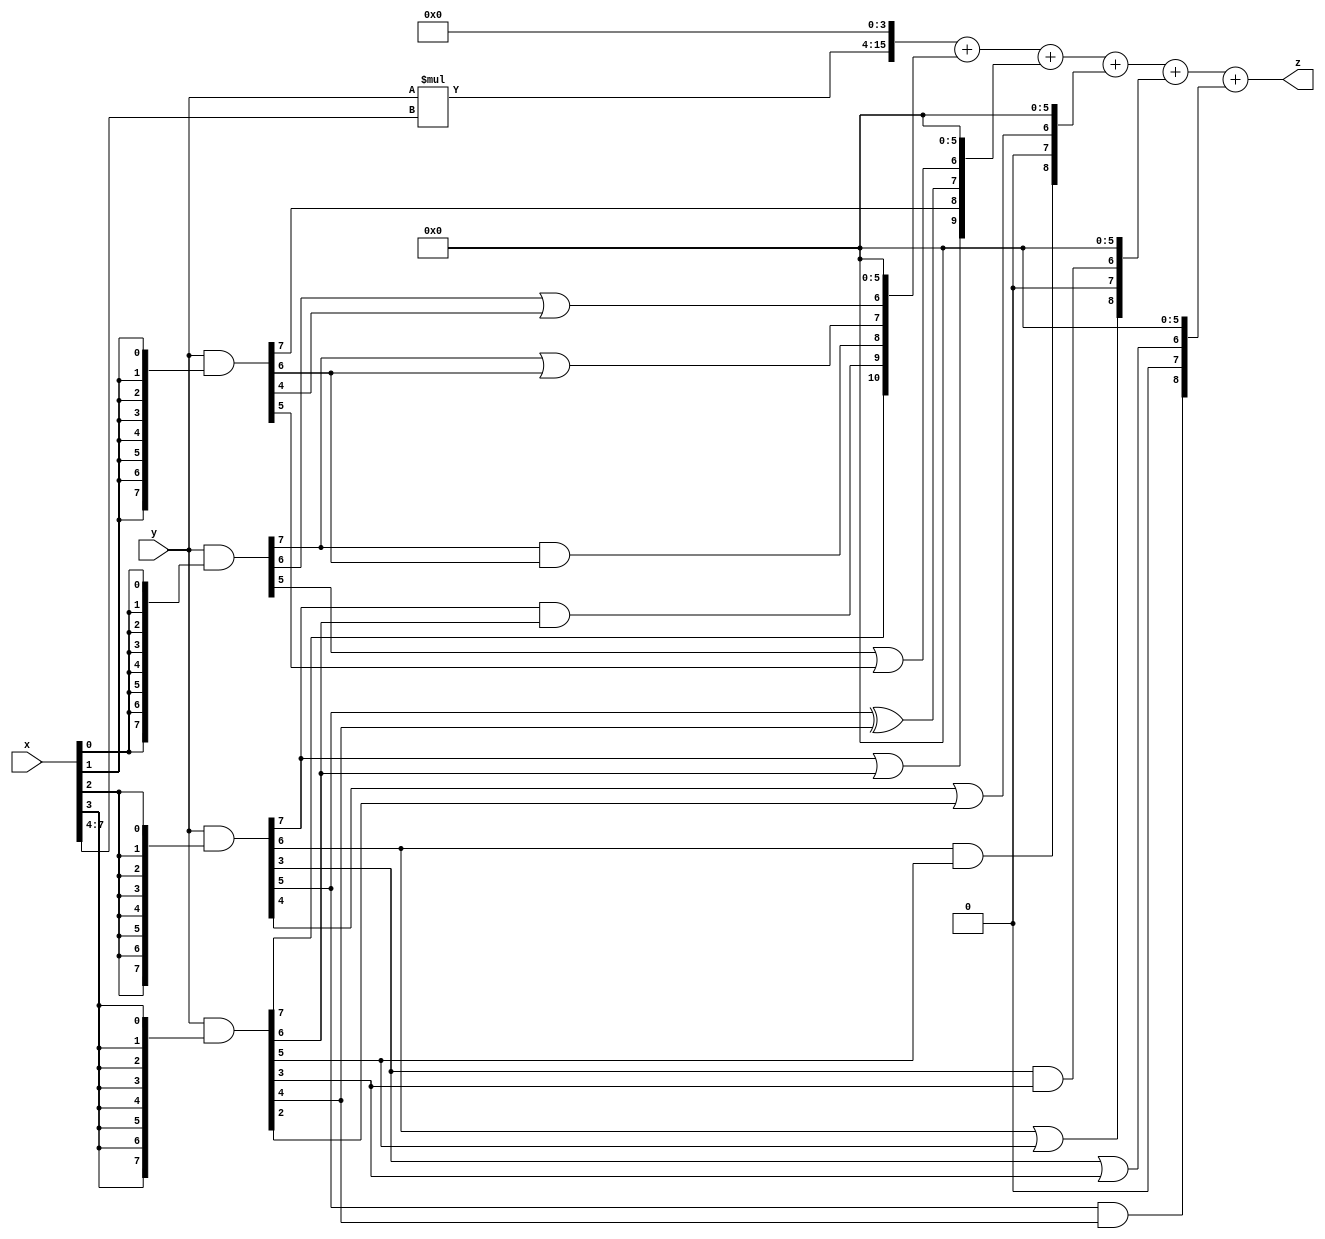
// terms: 15
// fval:  8876.25

module unsigned_exchange_8x8_l4_lamb500_6 (
	input [7:0] x,
	input [7:0] y,
	output [15:0] z
);

wire [7:0] part1 =  y & {8{x[0]}};
wire [7:0] part2 =  y & {8{x[1]}};
wire [7:0] part3 =  y & {8{x[2]}};
wire [7:0] part4 =  y & {8{x[3]}};
wire [7:0] part5 =  y & {8{x[4]}};
wire [7:0] part6 =  y & {8{x[5]}};
wire [7:0] part7 =  y & {8{x[6]}};
wire [7:0] part8 =  y & {8{x[7]}};

wire [10:0] new_part1;
assign new_part1[0] = 0;
assign new_part1[1] = 0;
assign new_part1[2] = 0;
assign new_part1[3] = 0;
assign new_part1[4] = 0;
assign new_part1[5] = 0;
assign new_part1[6] = part1[6] | part2[4];
assign new_part1[7] = part1[7] | part2[6];
assign new_part1[8] = part1[7] & part2[6];
assign new_part1[9] = part3[7] & part4[6];
assign new_part1[10] = part4[7];

wire [9:0] new_part2;
assign new_part2[0] = 0;
assign new_part2[1] = 0;
assign new_part2[2] = 0;
assign new_part2[3] = 0;
assign new_part2[4] = 0;
assign new_part2[5] = 0;
assign new_part2[6] = part1[5] | part2[5];
assign new_part2[7] = part3[5] ^ part4[4];
assign new_part2[8] = part2[7];
assign new_part2[9] = part3[7] | part4[6];

wire [8:0] new_part3;
assign new_part3[0] = 0;
assign new_part3[1] = 0;
assign new_part3[2] = 0;
assign new_part3[3] = 0;
assign new_part3[4] = 0;
assign new_part3[5] = 0;
assign new_part3[6] = part3[4] | part4[2];
assign new_part3[7] = 0;
assign new_part3[8] = part3[6] & part4[5];

wire [8:0] new_part4;
assign new_part4[0] = 0;
assign new_part4[1] = 0;
assign new_part4[2] = 0;
assign new_part4[3] = 0;
assign new_part4[4] = 0;
assign new_part4[5] = 0;
assign new_part4[6] = part3[3] & part4[3];
assign new_part4[7] = 0;
assign new_part4[8] = part3[6] | part4[5];

wire [8:0] new_part5;
assign new_part5[0] = 0;
assign new_part5[1] = 0;
assign new_part5[2] = 0;
assign new_part5[3] = 0;
assign new_part5[4] = 0;
assign new_part5[5] = 0;
assign new_part5[6] = part3[3] | part4[3];
assign new_part5[7] = 0;
assign new_part5[8] = part3[5] & part4[4];

wire [11:0] tmp_z = y*x[7:4];

assign z = {tmp_z, 4'd 0} + new_part1 + new_part2 + new_part3 + new_part4 + new_part5;

endmodule